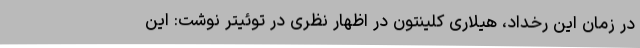
در زمان این رخداد، هیلاری کلینتون در اظهار نظری در توئیتر نوشت: این